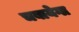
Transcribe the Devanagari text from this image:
चबायेगा